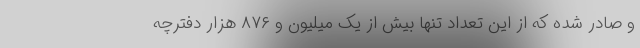
و صادر شده که از این تعداد تنها بیش از یک میلیون و ۸۷۶ هزار دفترچه